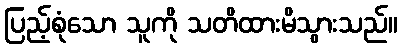
ပြည့်စုံသော သူကို သတိထားမိသွားသည်။